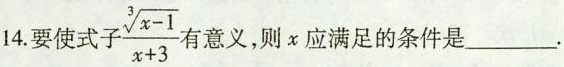
14要使式子$$\frac { \sqrt [ 3 ] { x - 1 } } { x + 3 }$$意义，则x应满足的条件是___.